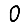
Digit: 0